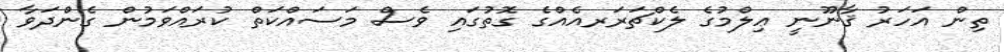
ތިން އަހަރު ޤާނޫނީ ޢިލްމުގެ ލެކްޗަރަރއެއްގެ ގޮތުގައި ވެސް މަސައްކަތް ކުރައްވަމުން ގެންދަވާ